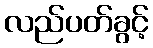
လည်ပတ်ခွင့်